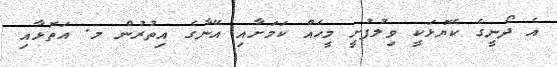
އެ ދޯނީގެ ކެޔޮޅަކީ ވިލުފުށީ މީހެއް ކަމަށާއި އޭނާގެ އިތުރުން މ. އަތޮޅާއި